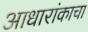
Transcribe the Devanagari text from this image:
आधारांकाचा